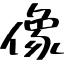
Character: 像